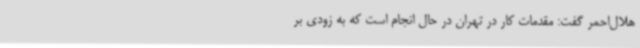
هلال‌احمر گفت: مقدمات کار در تهران در حال انجام است که به زودی بر